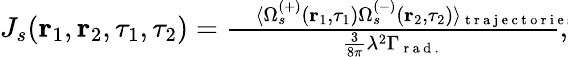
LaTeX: \begin{array}{r}{J_{s}(\textbf{r}_{1},\textbf{r}_{2},\tau_{1},\tau_{2})=\frac{\, \, \, \, \, \langle\Omega_{s}^{(+)}(\textbf{r}_{1},\tau_{1})\Omega_{s}^{(-)}(\textbf{r}_{2},\tau_{2})\rangle_{\mathrm{~t~r~a~j~e~c~t~o~r~i~e~s~\! ~\! ~\! ~\! ~\! ~\! ~\! ~\! ~\! ~\! ~\! ~\! ~\! ~\! ~\! ~\! ~\! ~\! ~\! ~\! ~}}}{\frac{3}{8\pi}\lambda^{2}\Gamma_{\mathrm{~r~a~d~.~}}},}\end{array}